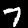
Label: 7